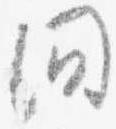
問